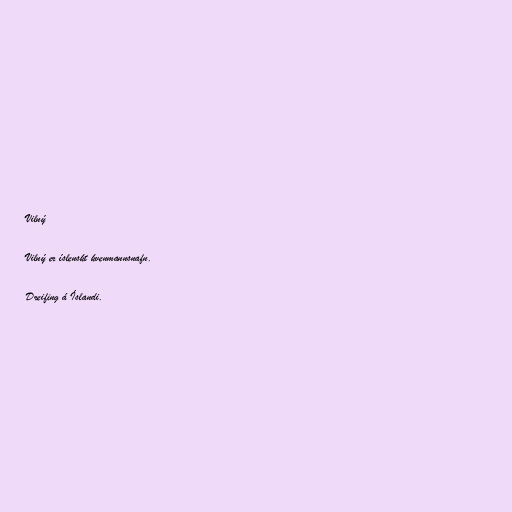
Vilný

Vilný er íslenskt kvenmannsnafn.

Dreifing á Íslandi.